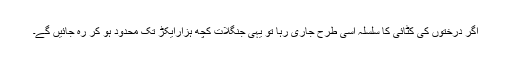
اگر درختوں کی کٹائی کا سلسلہ اسی طرح جاری رہا تو یہی جنگلات کچھ ہزارایکڑ تک محدود ہو کر رہ جائیں گے۔